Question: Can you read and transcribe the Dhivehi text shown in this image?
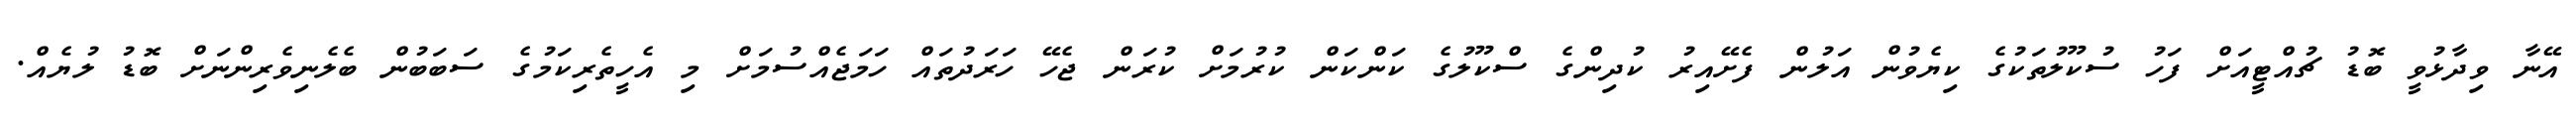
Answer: އޭނާ ވިދާޅުވީ ބޮޑު ޗުއްޓީއަށް ފަހު ސުކޫލުތަކުގެ ކިޔެވުން އަލުން ފެށޭއިރު ކުދިންގެ ސްކޫލުގެ ކަންކަން ކުރުމަށް ކުރަން ޖެހޭ ހަރަދުތައް ހަމަޖެއްސުމަށް މި އެހީތެރިކަމުގެ ސަބަބުން ބެލެނިވެރިންނަށް ބޮޑު ލުޔެއް.